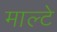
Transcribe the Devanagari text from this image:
माल्टे